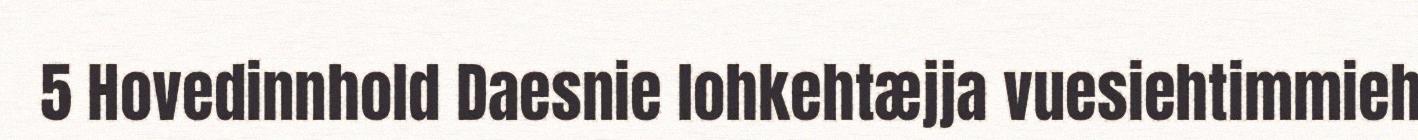
5 Hovedinnhold Daesnie lohkehtæjja vuesiehtimmieh